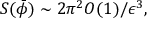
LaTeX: S ( \bar { \phi } ) \sim 2 \pi ^ { 2 } O ( 1 ) / \epsilon ^ { 3 } ,